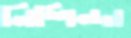
নিশিন্দা